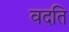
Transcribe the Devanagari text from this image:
वदति